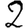
Digit: 2